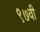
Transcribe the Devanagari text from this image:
९७वी